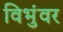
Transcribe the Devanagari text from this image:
विभुंवर